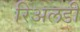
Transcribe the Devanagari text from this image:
रिअलडी